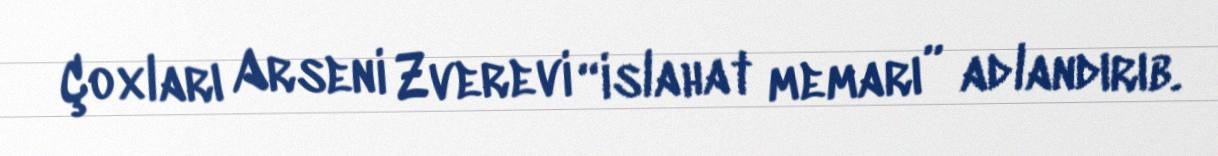
Çoxları Arseni Zverevi “islahat memarı” adlandırıb.